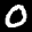
Label: 0